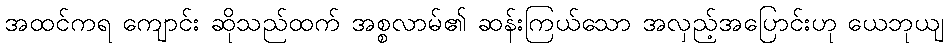
အထင်ကရ ကျောင်း ဆိုသည်ထက် အစ္စလာမ်၏ ဆန်းကြယ်သော အလှည့်အပြောင်းဟု ယေဘုယျ